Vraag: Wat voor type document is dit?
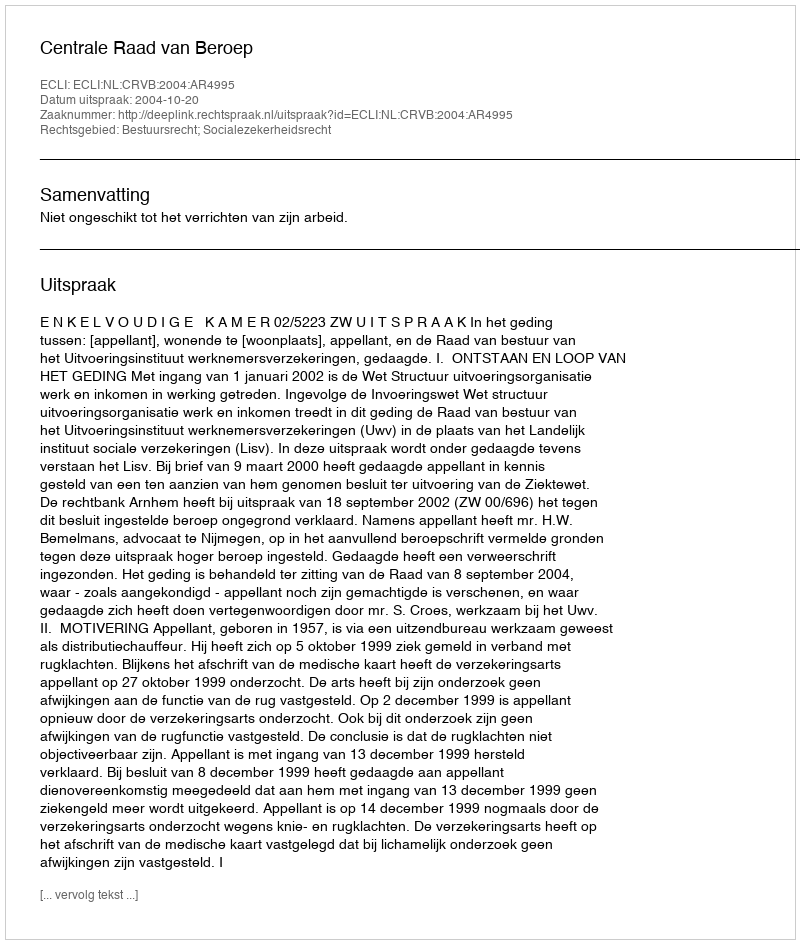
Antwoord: Uitspraak